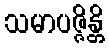
သမာပဇ္ဇိန္တိ